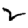
Digit: 2